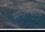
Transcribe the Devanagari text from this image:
सम्मानभावना